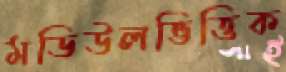
মডিউলভিত্তিক